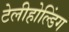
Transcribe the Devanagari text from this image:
टेलीहोल्डिंग